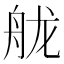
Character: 𦨩